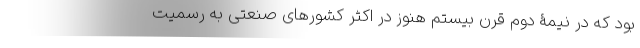
بود که در نیمۀ دوم قرن بیستم هنوز در اکثر کشورهای صنعتی به رسمیت